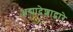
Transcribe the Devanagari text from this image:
अद्यादेशाद्वारे